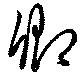
卿